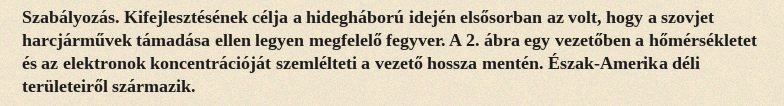
Szabályozás. Kifejlesztésének célja a hidegháború idején elsősorban az volt, hogy a szovjet harcjárművek támadása ellen legyen megfelelő fegyver. A 2. ábra egy vezetőben a hőmérsékletet és az elektronok koncentrációját szemlélteti a vezető hossza mentén. Észak-Amerika déli területeiről származik.